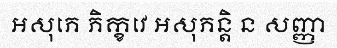
អសុភេ ភិក្ខវេ អសុភន្តិ ន សញ្ញា